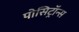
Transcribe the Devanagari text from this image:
पोसिट्रॉन्स